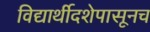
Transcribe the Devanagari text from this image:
विद्यार्थीदशेपासूनच